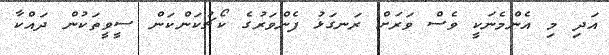
އަދި މި އެންމެނަކީ ވެސް ވަރަށް ރަނގަޅު ފެންވަރުގެ ކޯޗުކަންކަން ސީވީތަކުން ދައްކާ